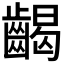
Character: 𪘹